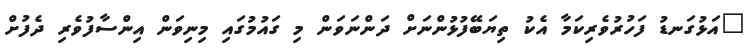
"އަޅުގަނޑު ފަހުރުވެރިކަމާ އެކު ތިޔަބޭފުޅުންނަށް ދަންނަވަން މި ގައުމުގައި މިނިވަން އިންސާފުވެރި ދެފުށް